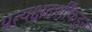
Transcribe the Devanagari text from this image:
प्रत्यक्षदर्शींकडून